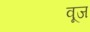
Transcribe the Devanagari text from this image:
वूज